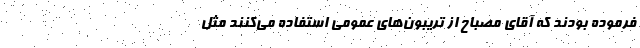
فرموده بودند که آقای مصباح از تریبون‌های عمومی استفاده می‌کنند مثل